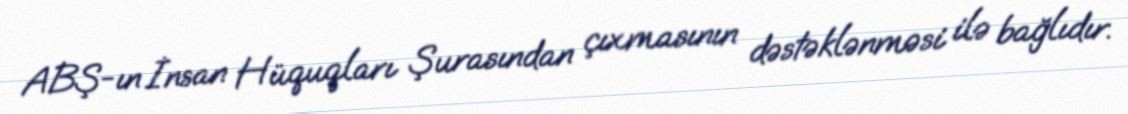
ABŞ-ın İnsan Hüquqları Şurasından çıxmasının dəstəklənməsi ilə bağlıdır.